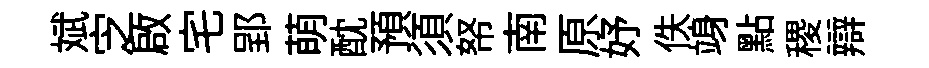
斌㝎啟宅郢萌酖預須帑南原妤佚竧點稷辯